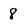
Character: 8